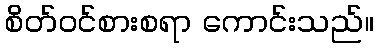
စိတ်ဝင်စားစရာ ကောင်းသည်။